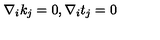
\nabla _ { i } k _ { j } = 0 , \nabla _ { i } t _ { j } = 0